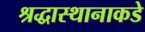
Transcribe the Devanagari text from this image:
श्रद्धास्थानाकडे